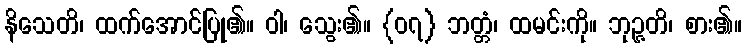
နိသေတိ၊ ထက်အောင်ပြု၏။ ဝါ၊ သွေး၏။ {၀၇} ဘတ္တံ၊ ထမင်းကို။ ဘုဉ္ဇတိ၊ စား၏။